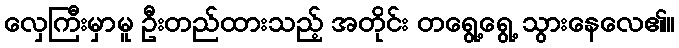
လှေကြီးမှာမူ ဦးတည်ထားသည့် အတိုင်း တရွေ့ရွေ့ သွားနေလေ၏။